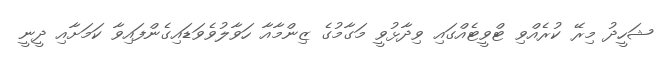
ޝަހީދު މިރޭ ކުރެއްވި ޓްވީޓެއްގައި ވިދާޅުވީ މަގާމުގެ ޒިންމާއާ ހަވާލުވެވަޑައިގެންފައިވާ ކަމަށާއި ދީނީ